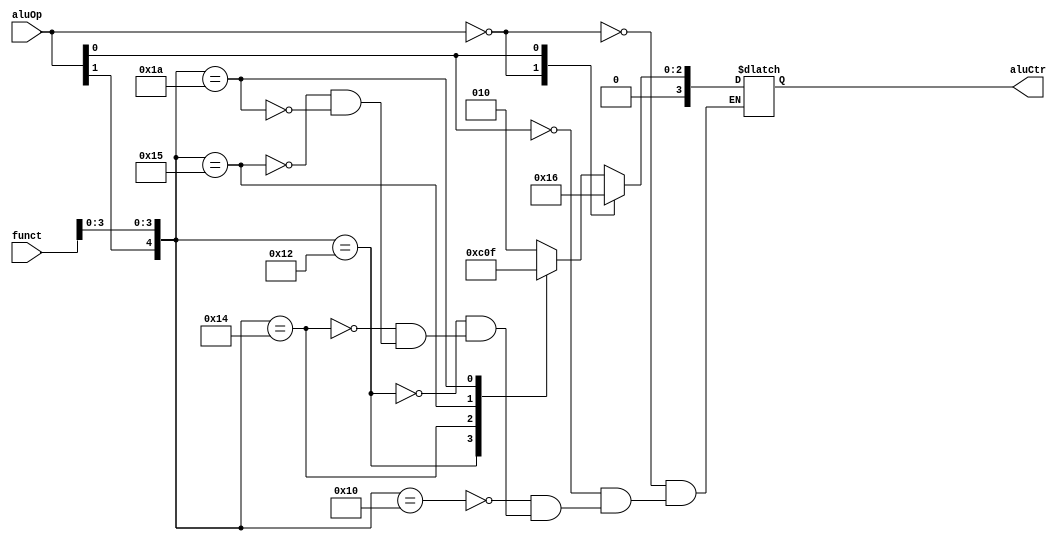
module AluCtr(aluOp,funct,aluCtr);

input      [1:0] aluOp;
input      [5:0] funct;
output reg [3:0] aluCtr;

always @ (aluOp or funct)
	casex ({aluOp,funct})
		8'b00xxxxxx:aluCtr=4'b0010;
		8'bx1xxxxxx:aluCtr=4'b0110;
		8'b1xxx0000:aluCtr=4'b0010;
		8'b1xxx0010:aluCtr=4'b0110;
		8'b1xxx0100:aluCtr=4'b0000;
		8'b1xxx0101:aluCtr=4'b0001;
		8'b1xxx1010:aluCtr=4'b0111;
	endcase
	
endmodule